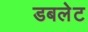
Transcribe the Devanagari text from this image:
डबलेट